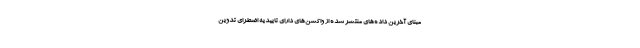
مبنای آخرین داده‌های منتشر شده از واکسن‌های دارای تاییدیه اضطرای تدوین